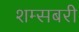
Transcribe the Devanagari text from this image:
शम्सबरी